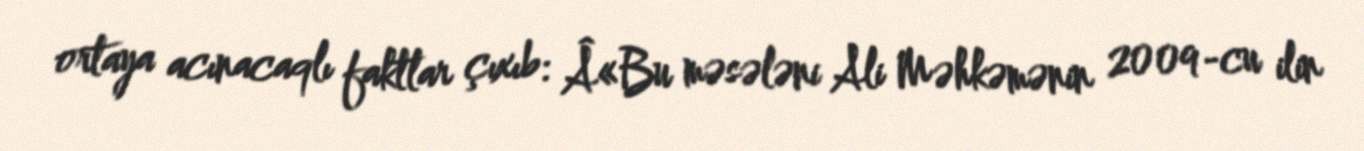
ortaya acınacaqlı faktlar çıxıb: Â«Bu məsələni Ali Məhkəmənin 2009-cu ilin